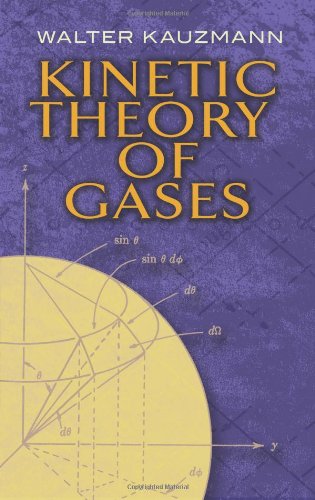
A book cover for Kinetic Theory of Gases (Dover Books on Chemistry); Walter Kauzmann; Science & Math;